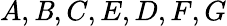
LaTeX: A,\mathit{B},C,E,D,F,G